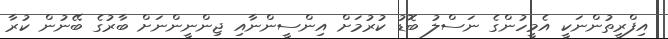
އިފްރީތުންނަކީ އެމީހުންގެ ނަސްލު ބޮޑު ކުރުމަށް އިންސީންނާއި ޖިންނީންނަށް ބާރުގެ ބޭނުން ކުރާ